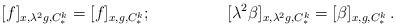
LaTeX: \begin{align*} [f]_{x, \lambda^2 g, C^k_*} = [f]_{x, g, C^k_*};&\ & [\lambda^2\beta]_{x,\lambda^2 g, C^k_*} = [\beta]_{x, g, C^k_*}\,. \end{align*}